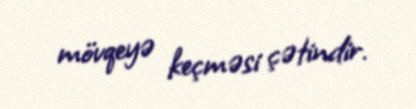
mövqeyə keçməsi çətindir.